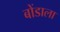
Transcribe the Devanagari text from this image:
बोंडाला